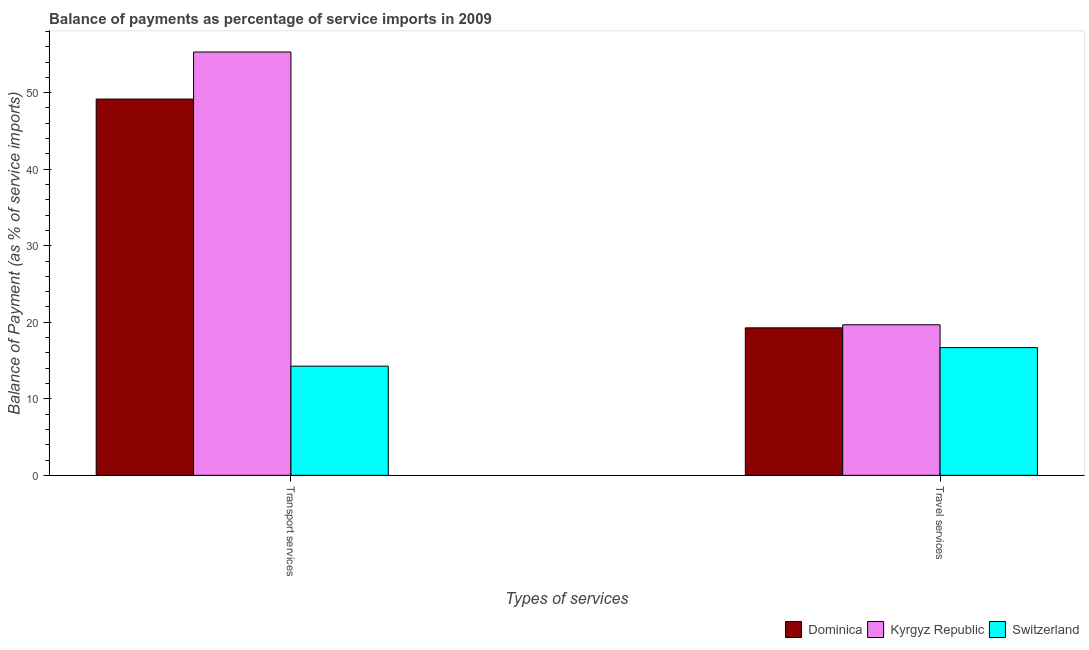
| Types of services | Dominica | Kyrgyz Republic | Switzerland |
 | --- | --- | --- | --- |
 | Transport services | 49.2 | 55.3 | 14.3 |
 | Travel services | 19.3 | 19.7 | 16.7 |